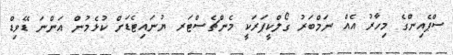
ސްޕެއިންގެ މިހާރު އެއް ނަމްބަރު ގޯލްކީޕަރަކީ މެންޗެސްޓަރ ޔުނައިޓެޑަށް ކުޅެމުން އަންނަ ޑޭވިޑް